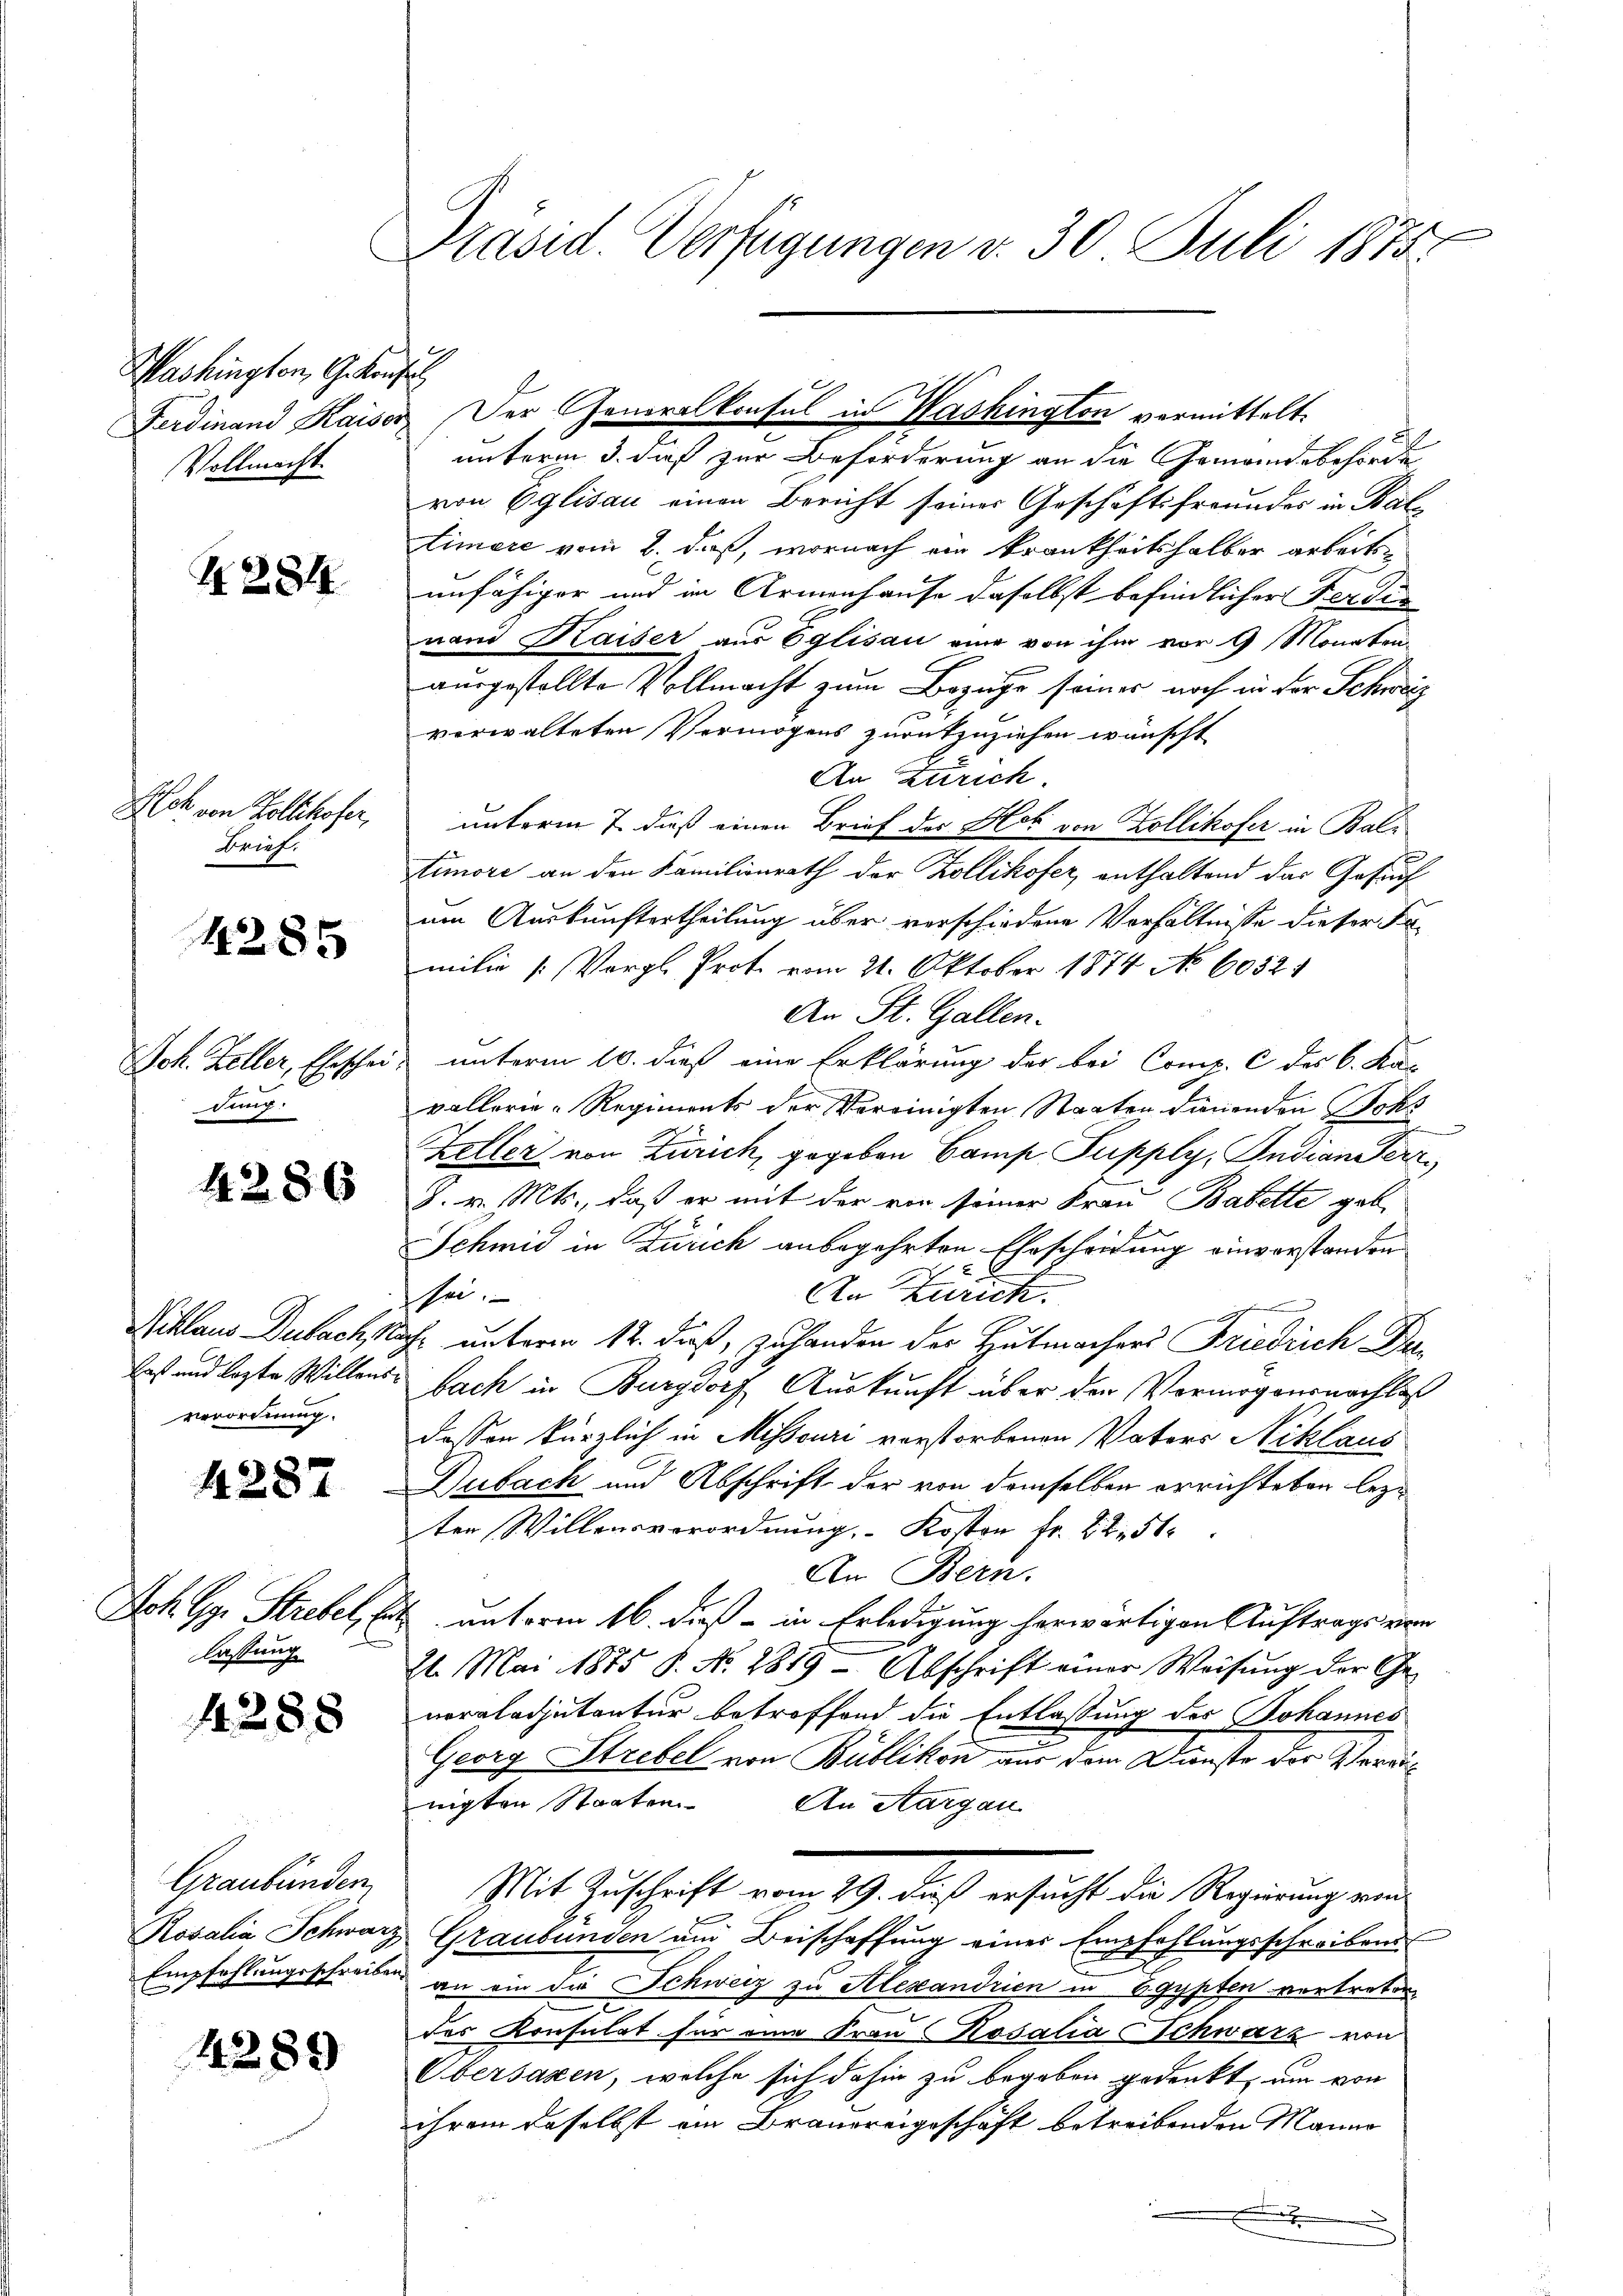
Washington, G. Konsul
Vollmacht.

4. 284

Alch von Zollikofer,
Brief.

4285

ding.

4286

Niklaus Dubachst
verordnung.

4287

lassung

4288

Graubünden,

4289

e
Präsid. Verfügungen v. 30 Juli 1875.

unterm 3. daß zur Beförderung an die Gemeindsbehörde
von Eglisau einen Bericht seiner Geschäftsfreundes in Baltimere vom 2. daß, wornach ein krankheitshalber arbeitsunfähiger und in Armenhause daselbst befindlicher Ferdin
nand Kaiser aus Eglisau eine von ihm vor 9 Monaten
ausgestellte Vollmacht zum Bezuge seiner noch in der Schweiz
verwalteten Vermögens zurückzuziehen wünscht
An Zürich.
unterm 7. dieß einen Brief der Hoh von Zollikofer in Baltimore an den Familienrath der Zollikofer, enthaltend das Gesuch
um Auskunftertheilung über verschiedene Verhältnisse dieser Familie (Vergl. Prot. vom 21. Oktober 1874 No 60521
An St. Gallen.
Jok. Zeller, Eheschein unterm 10. dieß eine Erklärung der bei Comp. C des 6. Ka-
vallerie-Regiments der Vereinigten Staaten dauenden Johs
Zeller von Zürich, gegeben Camp Supply, Indian Fert
8. v. Mts., daß er mit der von seiner Frau Babette gab
Schmid in Zürich anbegehrten Ehescheidung einvorstanden
An Zürich
sei.
e
Sache unterm 12. daß, zuhanden der Hutmachers Friedrich Du
Erst und legte Willensbach in Burgdorf, Auskunft über der Vermögensnachlas
dessen kürzlich in Missouri verstorbenen Vaters Niklaus
Dubach und Abschrift der von demselben errichteten lezten Willensverordnung, Kosten Fr. 22. 51.
An Bern.
Joh Gg. Strebel, hat unterm 16. dieß - in Erledigung herwärtigen Auftrags von
21. Mai 1875 S. No. 2819 - Abschrift einer Weisung der Ge-
neraladjutantur betroffend die Entlassung des Johannes
Georg Strebel von Bublikon aus dem Dunste der Vereinigten Staaten. An Aargau
Mit Zuschrift vom 19. daß ersucht die Regierung ein
Rosalia Schwarz Graubünden und Beischaffung eines Empfehlungsschreibens-
Empfehlungsschreiben an ein die Schweiz zu Alexandrien in Egypten vertreten
des Konsulat für eine Frau Rosalia Schwarz von
Übersagen, welche sich dahin zu begeben gedenkt, um von
ihrem daselbst ein Brauereigeschäft betreibenden Manno
x

Ferdinand Kaiser Der Generalkonsul in Washington vermittelt.